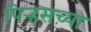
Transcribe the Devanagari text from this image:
पिर्‍हसच्या